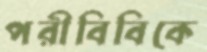
পরীবিবিকে